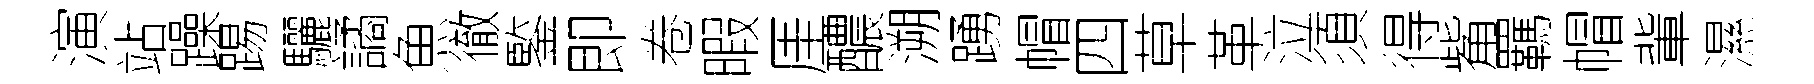
演站躁踢驪譎魚徹鍳即卷暇厓醲溯踴帽四草革泣須得觜羈帽軰濕